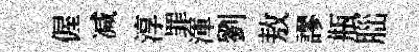
偓减淳罪渾劉敖謬瓶𦛁